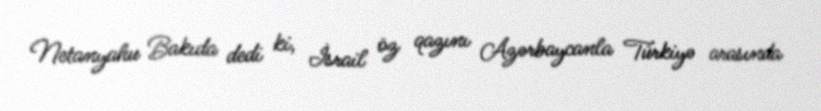
Netanyahu Bakıda dedi ki, İsrail öz qazını Azərbaycanla Türkiyə arasında